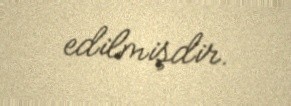
edilmişdir.